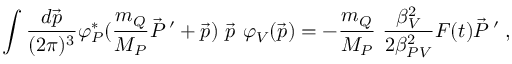
\int \frac { d \vec { p } } { ( 2 \pi ) ^ { 3 } } \varphi _ { P } ^ { * } ( \frac { m _ { Q } } { M _ { P } } \vec { P } \, ^ { \prime } + \vec { p } ) ~ \vec { p } ~ \varphi _ { V } ( \vec { p } ) = - \frac { m _ { Q } } { M _ { P } } ~ \frac { \beta _ { V } ^ { 2 } } { 2 \beta _ { P V } ^ { 2 } } F ( t ) \vec { P } \, ^ { \prime } \; ,